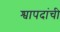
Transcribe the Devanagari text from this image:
श्वापदांची